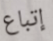
إتباع